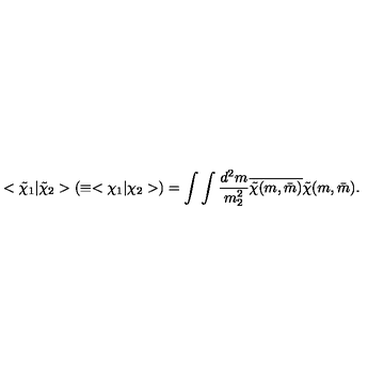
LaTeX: < \tilde { \chi } _ { 1 } | \tilde { \chi } _ { 2 } > ( \equiv < \chi _ { 1 } | \chi _ { 2 } > ) = \int \int \frac { d ^ { 2 } m } { m _ { 2 } ^ { 2 } } \overline { { \tilde { \chi } ( m , \bar { m } ) } } \tilde { \chi } ( m , \bar { m } ) .